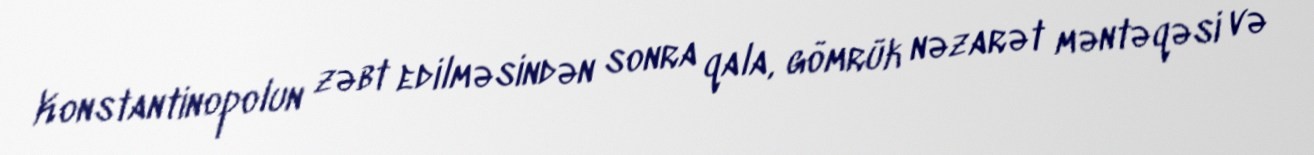
Konstantinopolun zəbt edilməsindən sonra qala, gömrük nəzarət məntəqəsi və